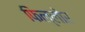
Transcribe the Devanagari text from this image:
फिल्लोर